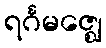
ရင်္ဂမဇ္ဈေ